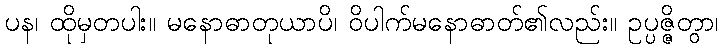
ပန၊ ထိုမှတပါး။ မနောဓာတုယာပိ၊ ဝိပါက်မနောဓာတ်၏လည်း။ ဥပ္ပဇ္ဇိတွာ၊